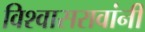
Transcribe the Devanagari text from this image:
विश्वासरावांनी